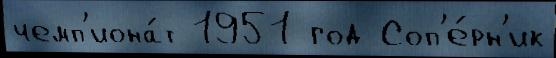
чемп'иона́т 1951 год Соп'е́рн'ик